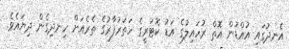
އެނދުގައި އުއްޑުން އޮތް ރުހައިލުގެ އަޑު ކޮޓަރީގެ ހަތަރުފާރުގެ ތެރެއަށް ހިނދިގެން ދިޔައެވެ.